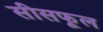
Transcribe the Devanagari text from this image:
सीसफूल